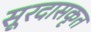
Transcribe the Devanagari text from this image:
सूरदासकृत